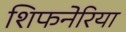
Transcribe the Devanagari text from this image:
शिफनेरिया